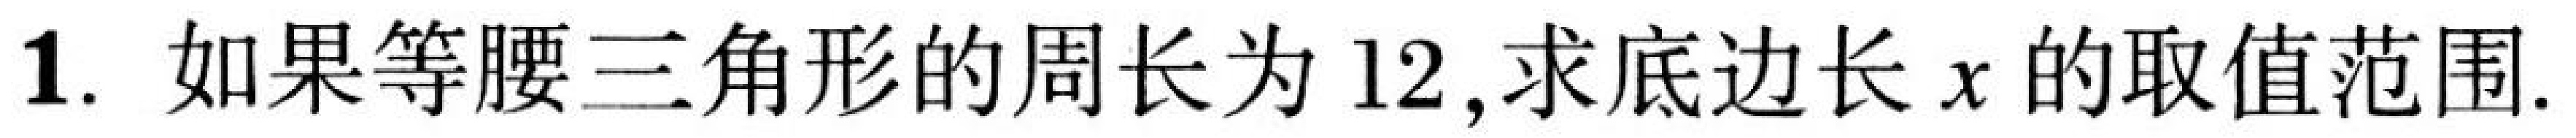
1. 如果等腰三角形的周长为$12$,求底边长$x$的取值范围.